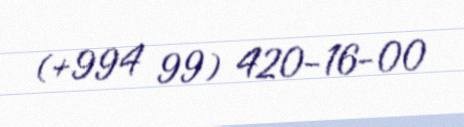
(+994 99) 420-16-00